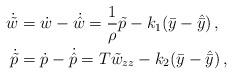
LaTeX: \begin{align*}\dot{\tilde{w}} & =\dot{w}-\dot{\hat{w}}=\frac{1}{\rho}\tilde{p}-k_{1}(\bar{y}-\hat{\bar{y}})\,,\\\dot{\tilde{p}} & =\dot{p}-\dot{\hat{p}}=T\tilde{w}_{zz}-k_{2}(\bar{y}-\hat{\bar{y}})\,,\end{align*}